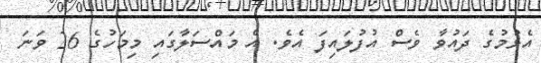
އެޅުމުގެ ދައުވާ ވެސް އުފުލައިފަ އެވެ. އެ މައްސަލާގައި މިމަހުގެ 26 ވަނަ